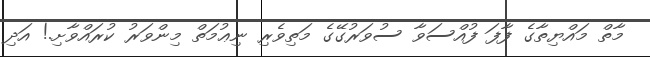
މާތް މައްޔިތާގެ ފާފަ ފުއްސަވާ ސުވަރުގޭގެ މަތިވެރި ނިޢުމަތް މިންވަރު ކުރައްވާށި.! އަދި